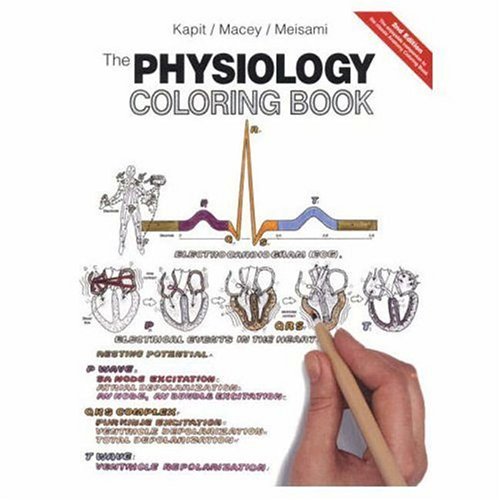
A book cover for The Physiology Coloring Book (2nd Edition); Wynn Kapit; Medical Books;